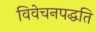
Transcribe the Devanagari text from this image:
विवेचनपद्धति